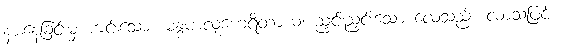
နားနေခြင်းမှ ကင်းသော။ မန္ဒမာလုဟေရိတာယ၊ ညှင်းညှင်းသော လေသည်။ လာသဖြင့်။